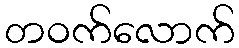
တဝက်လောက်